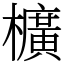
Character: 櫎